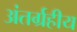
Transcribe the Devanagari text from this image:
अंतर्ग्रहीय